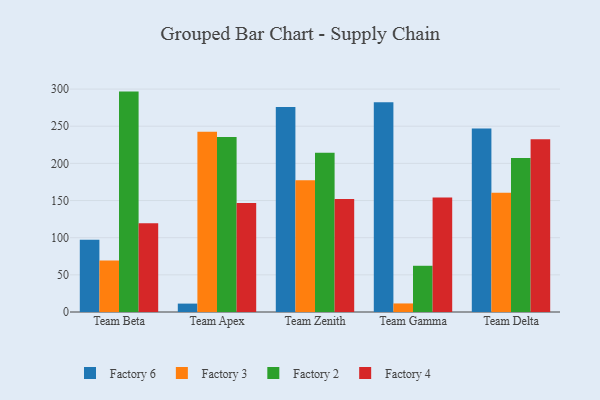
{"axis": {"x": "Team", "y": "Tickets Resolved"}, "legend": ["Factory 2", "Factory 3", "Factory 4", "Factory 6"], "data": [{"x": "Team Beta", "y": 97.1, "type": "Factory 6"}, {"x": "Team Beta", "y": 69.4, "type": "Factory 3"}, {"x": "Team Beta", "y": 296.6, "type": "Factory 2"}, {"x": "Team Beta", "y": 119.4, "type": "Factory 4"}, {"x": "Team Apex", "y": 11.3, "type": "Factory 6"}, {"x": "Team Apex", "y": 242.6, "type": "Factory 3"}, {"x": "Team Apex", "y": 235.6, "type": "Factory 2"}, {"x": "Team Apex", "y": 146.7, "type": "Factory 4"}, {"x": "Team Zenith", "y": 275.8, "type": "Factory 6"}, {"x": "Team Zenith", "y": 177.4, "type": "Factory 3"}, {"x": "Team Zenith", "y": 214.4, "type": "Factory 2"}, {"x": "Team Zenith", "y": 151.9, "type": "Factory 4"}, {"x": "Team Gamma", "y": 282.1, "type": "Factory 6"}, {"x": "Team Gamma", "y": 11.5, "type": "Factory 3"}, {"x": "Team Gamma", "y": 62.2, "type": "Factory 2"}, {"x": "Team Gamma", "y": 154.2, "type": "Factory 4"}, {"x": "Team Delta", "y": 247.0, "type": "Factory 6"}, {"x": "Team Delta", "y": 160.6, "type": "Factory 3"}, {"x": "Team Delta", "y": 207.4, "type": "Factory 2"}, {"x": "Team Delta", "y": 232.6, "type": "Factory 4"}]}